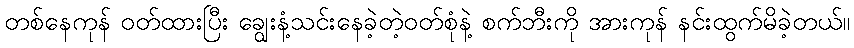
တစ်နေကုန် ဝတ်ထားပြီး ချွေးနံ့သင်းနေခဲ့တဲ့ဝတ်စုံနဲ့ စက်ဘီးကို အားကုန် နင်းထွက်မိခဲ့တယ်။